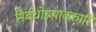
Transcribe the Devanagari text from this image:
निबंधोह्रपावकारि